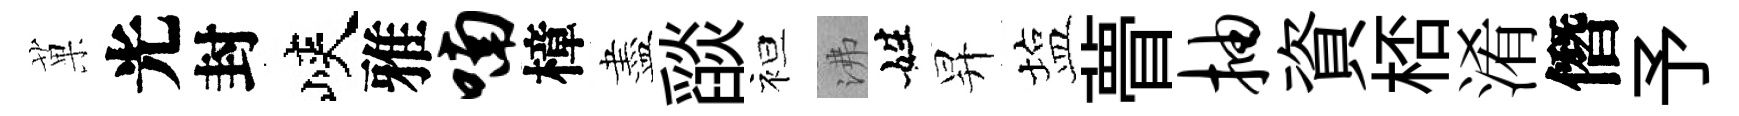
菓光封峽雅喃樟盡𦦨袒沸姓昇塩瞢抽資桮淆僭予